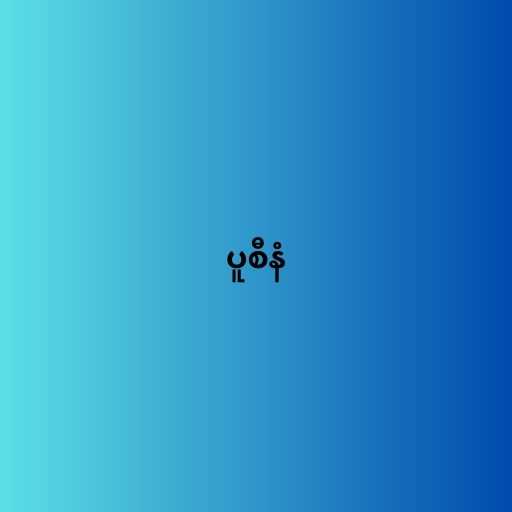
ပူစီနံ